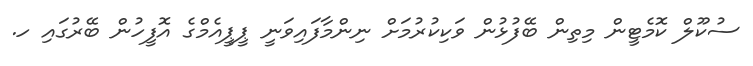
ސުކޫލް ކޮމެޓީން މިތިން ބޭފުޅުން ވަކިކުރުމަށް ނިންމާފައިވަނީ ޕީޕީއެމްގެ އޮފީހުން ބޭރުގައި ހ.